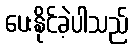
ပေးနိုင်ခဲ့ပါသည်